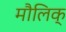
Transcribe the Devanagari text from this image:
मौलिक्